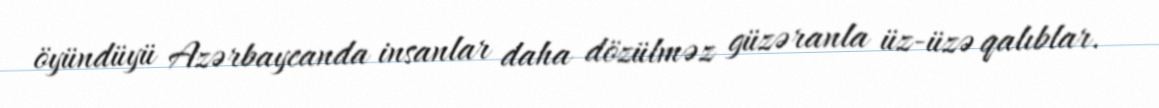
öyündüyü Azərbaycanda insanlar daha dözülməz güzəranla üz-üzə qalıblar.